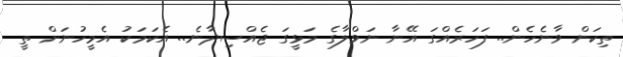
ތިކަން ވާނެހެން.. ފަހަރެއްގަ އޭނާ ނަވްލާގެ މަޅީގަ ޖެއްސިދާނެ.. އެކަމަކު އެމީހުނަށް ތީ